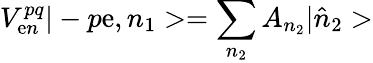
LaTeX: V_{\mathrm{e}n}^{pq}|-p\mathrm{e},n_{1}>=\sum_{n_{2}}A_{n_{2}}|\hat{{n}}_{2}>